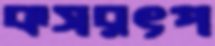
কসরৎপ